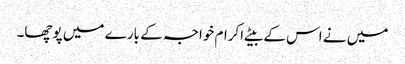
میں نے اس کے بیٹے اکرام خواجہ کے بارے میں پوچھا۔